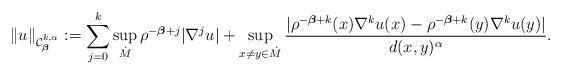
LaTeX: \begin{align*}\left\|u\right\|_{\mathcal{C}^{k,\alpha}_{\boldsymbol{\beta}}}:=\sum_{j=0}^{k}\sup_{\dot{M}}\rho^{-\boldsymbol{\beta}+j}|\nabla^{j}u| + \sup_{x\neq y \in \dot{M}}\frac{|\rho^{-\boldsymbol{\beta}+k}(x)\nabla^{k}u(x)-\rho^{-\boldsymbol{\beta}+k}(y)\nabla^{k}u(y)|}{d(x,y)^{\alpha}}.\end{align*}